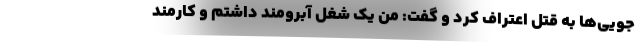
جویی‌ها به قتل اعتراف کرد و گفت: من یک شغل آبرومند داشتم و کارمند